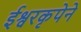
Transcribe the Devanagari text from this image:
ईश्वरकृपेने